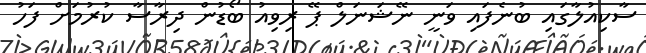
ސާކިއުލާގައި ބުނެފައި ވަނީ ނޭޝަނަލް ޕޭ ރިވިއު ބޯޑުން ދިރާސާ ކުރުމަށް ފަހު